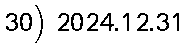
30) 2024.12.31